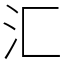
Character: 汇